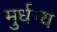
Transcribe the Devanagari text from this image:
मुर्धन्य